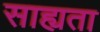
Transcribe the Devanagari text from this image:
साह्यता